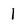
Character: 1